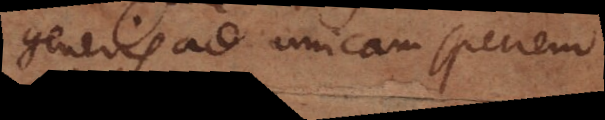
generis ad unicam speciem